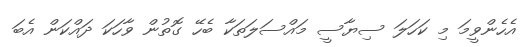
އެހެންވީމަ މި ކަހަލަ ސިޔާސީ މައްސަލަތަކާ ބެހޭ ގޮތުން ވާހަކަ ދައްކަން އެބަ